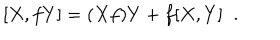
LaTeX: [ X , f Y ] = ( X f ) Y + f [ X , Y ] \; \; .